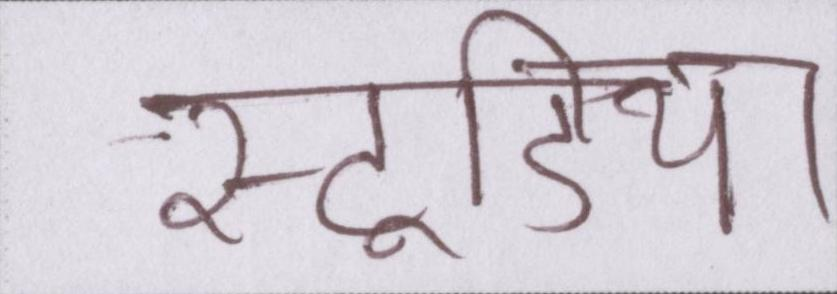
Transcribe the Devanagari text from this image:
स्टूडियो